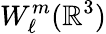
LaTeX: W_{\ell}^{m}({\mathbb R}^{3})